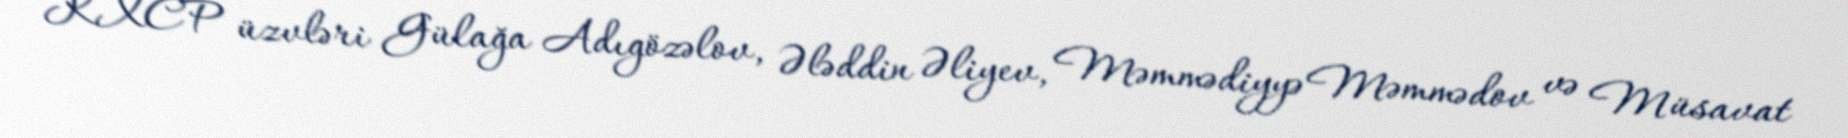
KXCP üzvləri Gülağa Adıgözəlov, Ələddin Əliyev, Məmmədiyyə Məmmədov və Müsavat